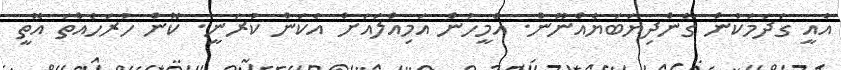
އެއީ ގަދަމަކުން ގެންދިޔަބަޔެއްނޫން. އެމީހުން އަމިއްލައަށް އެކަން ކުރަނީ. ކޮން ހުރަހެއްތަ އޮތީ